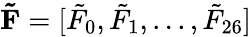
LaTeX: {\mathbf{\tilde{F}}}=[{\tilde{F}_{0}},{\tilde{F}_{1}},...,{\tilde{F}_{26}}]